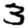
Digit: 3